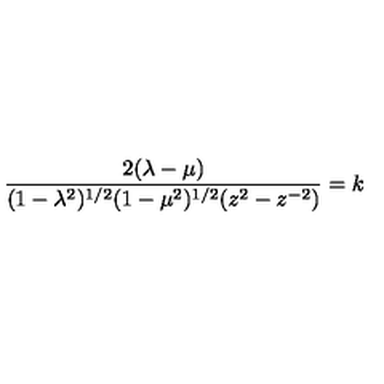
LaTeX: \frac { 2 ( \lambda - \mu ) } { ( 1 - \lambda ^ { 2 } ) ^ { 1 / 2 } ( 1 - \mu ^ { 2 } ) ^ { 1 / 2 } ( z ^ { 2 } - z ^ { - 2 } ) } = k